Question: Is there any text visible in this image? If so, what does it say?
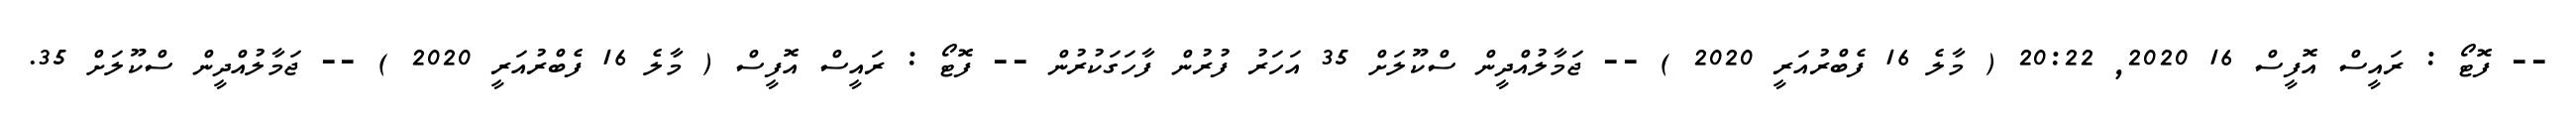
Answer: -- ފޮޓޯ : ރައީސް އޮފީސް 16 2020, 20:22 ( މާލެ 16 ފެބްރުއަރީ 2020 ) -- ޖަމާލުއްދީން ސްކޫލަށް 35 އަހަރު ފުރުން ފާހަގަކުރުން -- ފޮޓޯ : ރައީސް އޮފީސް ( މާލެ 16 ފެބްރުއަރީ 2020 ) -- ޖަމާލުއްދީން ސްކޫލަށް 35.